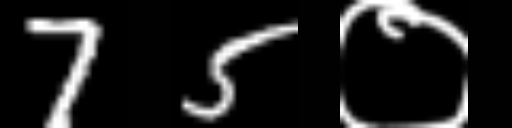
Text: 75०